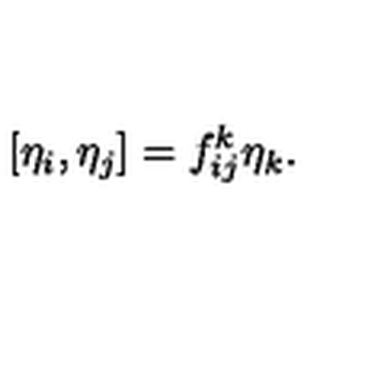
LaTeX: [ \eta _ { i } , \eta _ { j } ] = f _ { i j } ^ { k } \eta _ { k } .